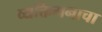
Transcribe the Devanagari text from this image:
व्यक्तिमनाचा